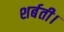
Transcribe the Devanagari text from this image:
शर्बती।